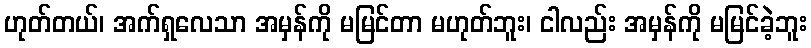
ဟုတ်တယ်၊ အက်ရှလေသာ အမှန်ကို မမြင်တာ မဟုတ်ဘူး၊ ငါလည်း အမှန်ကို မမြင်ခဲ့ဘူး